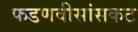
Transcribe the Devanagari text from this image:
फडणवीसांसकट